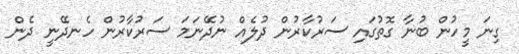
ގިނަ މީހުން ބުނާ ގޮތުގައި ސަރުކާރުން ދުލެއް ނުދޭނަމަ ސަރުކާރުން ހެނދޭނީ ދެން